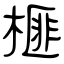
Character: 榧